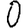
Digit: 0